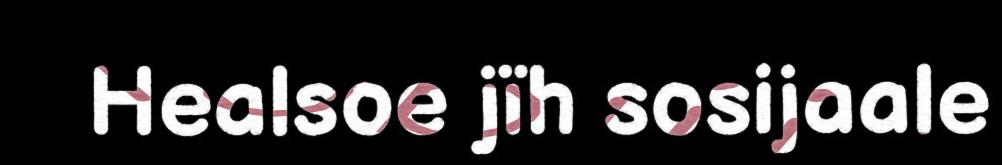
Healsoe jïh sosijaale